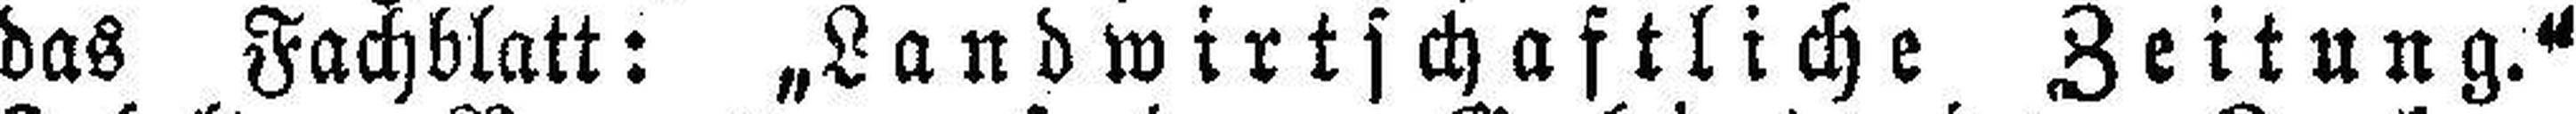
das Fachblatt: „Landwirtschaftliche Zeitung.“